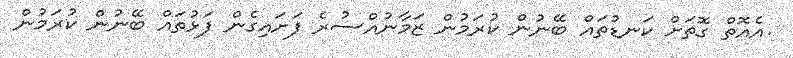
.އެއޮތް ގޮތަށް ކަނޑުތައް ބޭނުން ކުރަމުން ޒަމާނުއްސުރެ ފަށައިގެން ފަޅުތައް ބޭނުން ކުރަމުން